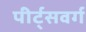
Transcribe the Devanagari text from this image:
पीर्ट्सवर्ग